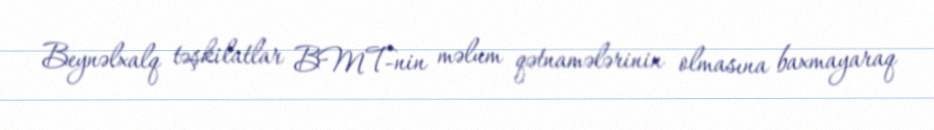
Beynəlxalq təşkilatlar BMT-nin məlum qətnamələrinin olmasına baxmayaraq